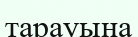
тарауына